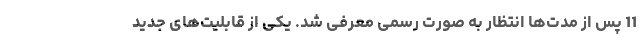
11 پس از مدت‌ها انتظار به صورت رسمی معرفی شد. یکی از قابلیت‌های جدید